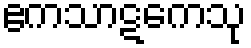
ဧကသာဋကေသု